Vaccination in Bombay 1902-1912 - 1902-1912
Year: 1902
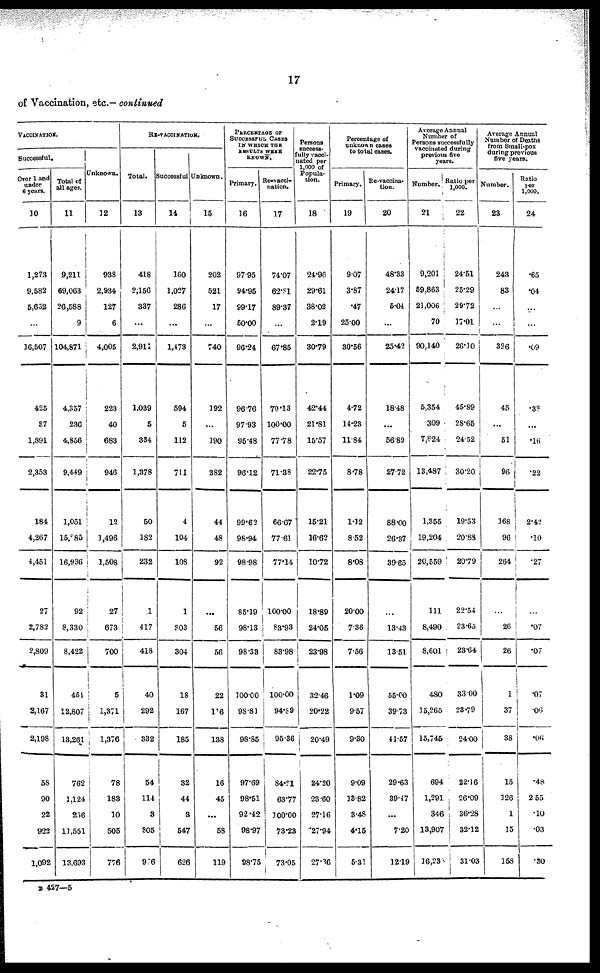
17
of Vaccination, etc.— continued
VÁCCINATION.
Successful.
Over 1 and
under
6 years.
10
1,273
9,582
5,652
...
16,507
425
37
1,891
2,353
184
4,267
4 ,451
27
2,782
2,809
31
2,167
2,193
58
90
22
922
1,092
Total of
all ages.
11
9,211
69,063
26,588
9
104,871
4,357
236
4,856
9,449
1,051
15,885
16,936
92
8,330
8,422
454
12,807
13,261
762
1,124
256
11,551
13,693
Unknown.
12
938
2,934
127
6
4,005
223
40
683
946
12
3,496
1,508
27
673
700
5
1,371
1,376
78
183
10
505
776
RE-VACCINATION.
Total.
13
418
2,150
337
...
2,911
1,039
5
334
1,378
50
182
232
1
417
418
40
292
332
54
114
8
805
976
Successful
14
160
1,027
286
...
1,473
594
5
112
711
4
104
108
1
303
304
18
167
185
32
44
3
547
626
Unknown.
15
202
521
17
...
740
392
...
190
382
44
48
92
...
56
56
22
116
138
16
45
...
58
119
PERCENTAGE OF
SUCCESSFUL CASES
IN WHICH THE
RESULTS WERE
KNOWN.
Primary.
16
97.95
94.95
99.17
50.00
96.24
96.76
97.93
95.48
96.12
99.62
98.94
98.98
85.19
98.13
98.33
100.00
98.81
98.85
97.69
98.51
92 .42
98.97
98.75
Re-vacci-
nation.
17
74.07
62.81
89.37
...
67.85
70.13
100.00
77.78
71.38
66.67
77.61
77.14
100.00
83.93
83.98
100.00
94.89
95.36
84.2l
63.77
100.00
73.23
73.05
Persons
success¬
fully vacci-
nated per
1,000 of
Popula-
tion.
18
24.96
29.61
38.02
2.19
30.79
42.44
21.81
15.57
22.75
15.21
16.62
10.72
18.89
24.05
23.98
32.46
20.22
20.49
24.20
23.60
27.16
27.94
27.36
Percentage of
unknown cases
to total cases.
Primary.
19
9.07
3.87
.47
25.00
30.56
4.72
14.23
11.84
8.78
1.32
8.52
8.08
20.00
7.36
7.56
1.09
9.57
9.30
9.09
13.82
3.48
4.15
5.31
Re-vaccina¬
tion.
20
48.33
24.17
5.04
...
25.42
18.48
...
56.89
27.72
88.00
26.37
39.65
...
13.43
13.51
55.00
39.73
41.57
29.63
39.47
...
7.20
12.19
Average Annual
Number of
Persons successfully
vaccinated during
previous five
years.
Number.
21
9,201
59,863
21,006
70
90,140
5,354
309
7,824
13,487
1,355
19,204
20,559
111
8,490
8,601
480
15,265
15,745
694
1,291
346
13,907
16,233
Ratio per
1,000.
22
24.51
25.29
29.72
17.01
26.30
45.89
28.65
24.52
30.20
19.53
20.88
20.79
22.54
23.65
23.64
33.00
23.79
2400
22.16
26.09
36.28
32.12
31.03
Average Annual
Number of Deaths
from Small-pox
during previous
five years.
Number.
23
243
83
...
...
326
45
...
51
96
168
96
264
...
26
26
1
37
38
15
126
1
15
358
Ratio
per
1,000.
24
.65
.04
...
...
.09
.38
...
.16
.22
2.42
.10
.27
...
.07
.07
.07
.06
.06
.48
2.55
.10
.03
.30
B 427—5